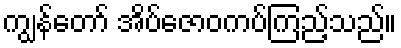
ကျွန်တော် အိပ်ဇောဝကပ်ကြည့်သည်။